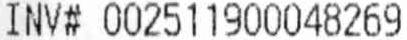
INV# 002511900048269